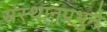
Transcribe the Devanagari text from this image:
संस्थानप्रभुने